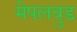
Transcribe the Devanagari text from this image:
मेपलवुड